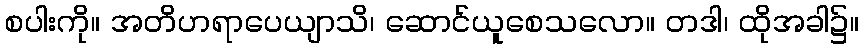
စပါးကို။ အတိဟရာပေယျာသိ၊ ဆောင်ယူစေသလော။ တဒါ၊ ထိုအခါ၌။